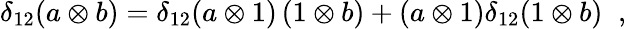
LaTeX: \delta_{12}(a\otimes b)=\delta_{12}(a\otimes 1)\, (1\otimes b)+(a\otimes 1)\delta_{12}(1\otimes b)\; \; ,